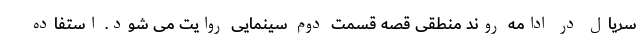
سریال در ادامه روند منطقی قصه قسمت دوم سینمایی روایت می شود. استفاده